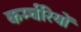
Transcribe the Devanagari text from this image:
कर्म्चरियों